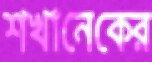
শখানেকের